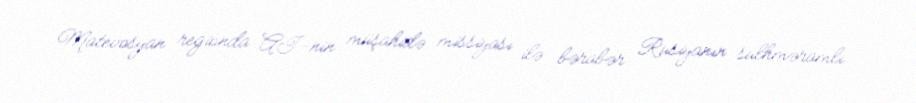
Matevosyan regionda Aİ-nin müşahidə missiyası ilə bərabər Rusiyanın sülhməramlı